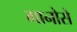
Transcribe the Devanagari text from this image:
गानोसे